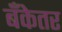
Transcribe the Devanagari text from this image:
बँकेतर